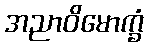
အညာဝိမောက္ခံ